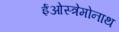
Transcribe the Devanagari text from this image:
ईओस्त्रेमोनाथ